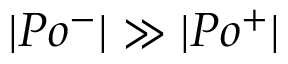
| P o ^ { - } | \gg | P o ^ { + } |